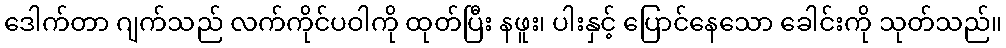
ဒေါက်တာ ဂျက်သည် လက်ကိုင်ပဝါကို ထုတ်ပြီး နဖူး၊ ပါးနှင့် ပြောင်နေသော ခေါင်းကို သုတ်သည်။